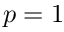
p = 1